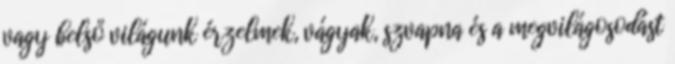
vagy belső világunk érzelmek, vágyak, szvapna és a megvilágosodást